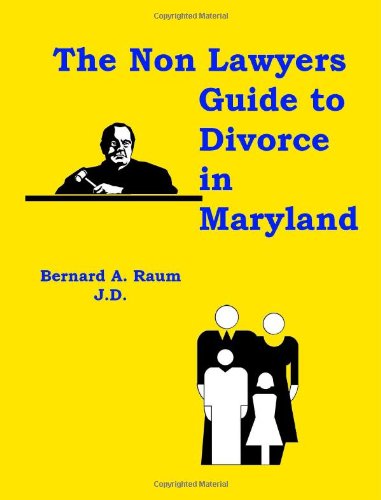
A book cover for The Non-Lawyers Guide to Divorce in Maryland; Bernard A. Raum; Law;